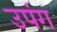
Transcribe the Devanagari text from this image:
उपंग